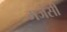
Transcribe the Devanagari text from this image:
मजैसी